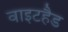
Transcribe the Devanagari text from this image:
वाइटहैड